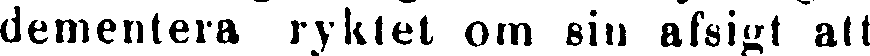
dementera ryktet om sin afsigt att